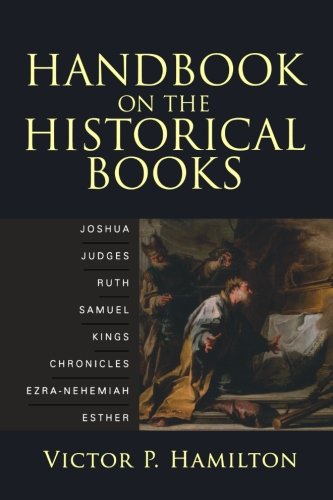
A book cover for Handbook on the Historical Books: Joshua, Judges, Ruth, Samuel, Kings, Chronicles, Ezra-Nehemiah, Esther; Victor P. Hamilton; Christian Books & Bibles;